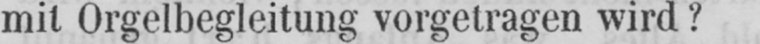
mit Orgelbegleitung vorgetragen wird?